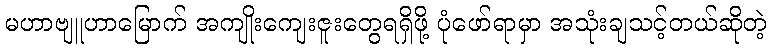
မဟာဗျူဟာမြောက် အကျိုးကျေးဇူးတွေရရှိဖို့ ပုံဖော်ရာမှာ အသုံးချသင့်တယ်ဆိုတဲ့